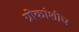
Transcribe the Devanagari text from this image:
ग्रीकांशीच